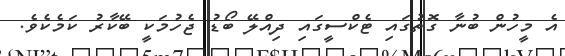
އެ މީހުން ބުނާ ގޮތުގައި ޓެކްސީގައި ދިއްލޭ ބޯޑު ޖެހުމަކީ ބޭކާރު ކަމެކެވެ.